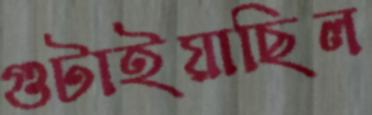
গুটাইয়াছিল